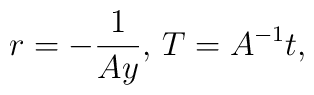
r = -\frac{1}{Ay},\, T = A^{-1}t,